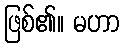
ဖြစ်၏။ မဟာ